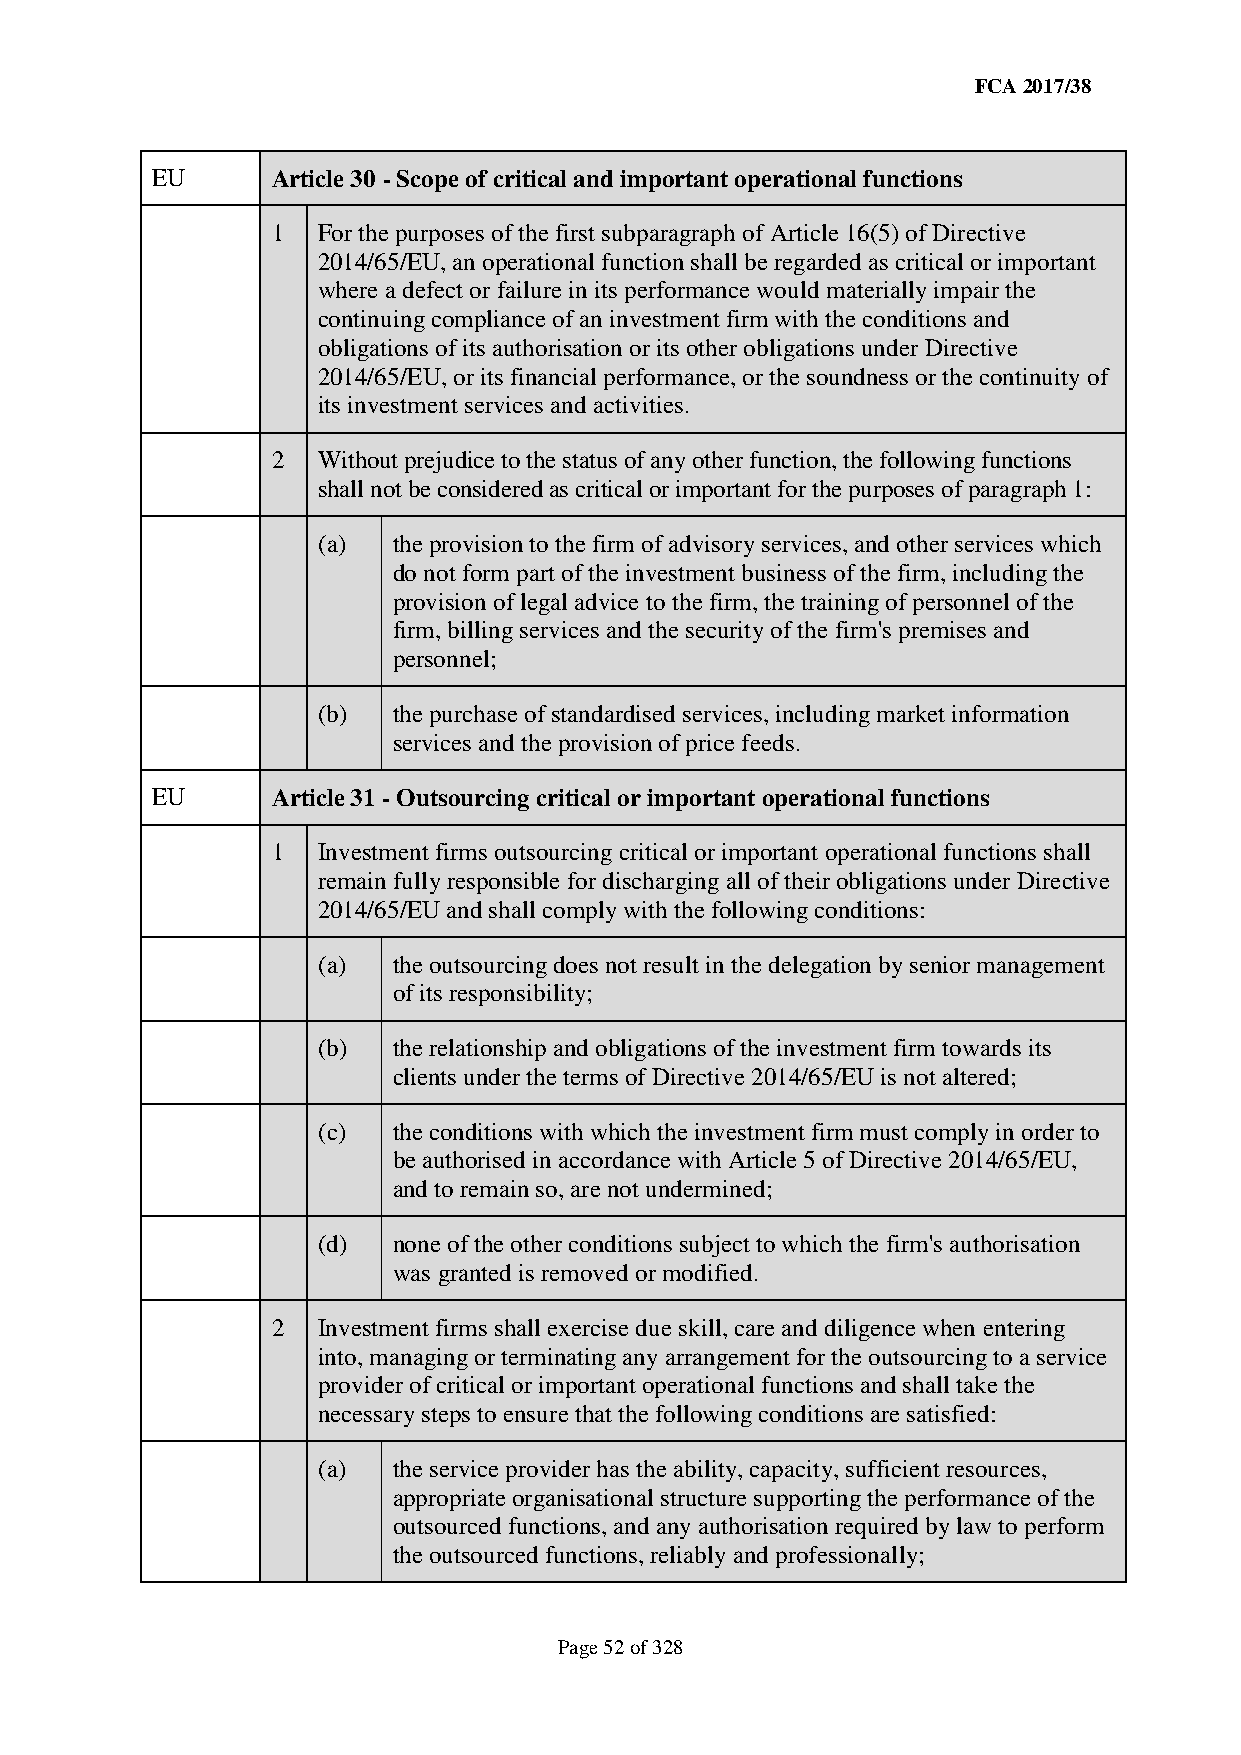
FCA 2017/38
 EU      Article 30 - Scope of critical and important operational functions
 1  For the purposes of the first subparagraph of Article 16(5) of Directive
 2014/65/EU, an operational function shall be regarded as critical or important
 where a defect or failure in its performance would materially impair the
 continuing compliance of an investment firm with the conditions and
 obligations of its authorisation or its other obligations under Directive
 2014/65/EU, or its financial performance, or the soundness or the continuity of
 its investment services and activities.
 2  Without prejudice to the status of any other function, the following functions
 shall not be considered as critical or important for the purposes of paragraph 1:
 (a)  the provision to the firm of advisory services, and other services which
 do not form part of the investment business of the firm, including the
 provision of legal advice to the firm, the training of personnel of the
 firm, billing services and the security of the firm's premises and
 personnel;
 (b)  the purchase of standardised services, including market information
 services and the provision of price feeds.
 EU      Article 31 - Outsourcing critical or important operational functions
 1  Investment firms outsourcing critical or important operational functions shall
 remain fully responsible for discharging all of their obligations under Directive
 2014/65/EU and shall comply with the following conditions:
 (a)  the outsourcing does not result in the delegation by senior management
 of its responsibility;
 (b)  the relationship and obligations of the investment firm towards its
 clients under the terms of Directive 2014/65/EU is not altered;
 (c)  the conditions with which the investment firm must comply in order to
 be authorised in accordance with Article 5 of Directive 2014/65/EU,
 and to remain so, are not undermined;
 (d)  none of the other conditions subject to which the firm's authorisation
 was granted is removed or modified.
 2  Investment firms shall exercise due skill, care and diligence when entering
 into, managing or terminating any arrangement for the outsourcing to a service
 provider of critical or important operational functions and shall take the
 necessary steps to ensure that the following conditions are satisfied:
 (a)  the service provider has the ability, capacity, sufficient resources,
 appropriate organisational structure supporting the performance of the
 outsourced functions, and any authorisation required by law to perform
 the outsourced functions, reliably and professionally;
 Page 52 of 328